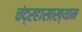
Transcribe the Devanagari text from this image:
चंद्रहासाख्यान